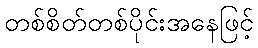
တစ်စိတ်တစ်ပိုင်းအနေဖြင့်